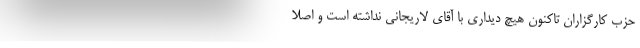
حزب کارگزاران تاکنون هیچ دیداری با آقای لاریجانی نداشته است و اصلا